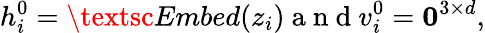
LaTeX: h_{i}^{0}=\textsc{Embed}(z_{i})\mathrm{~a~n~d~}v_{i}^{0}=\mathbf{0}^{3\times d},